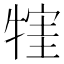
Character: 𤚣